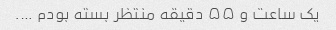
یک ساعت و ۵۵ دقیقه منتظر بسته بودم ….